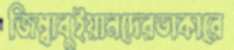
জিম্বাবুইয়ানদেরডাকারে